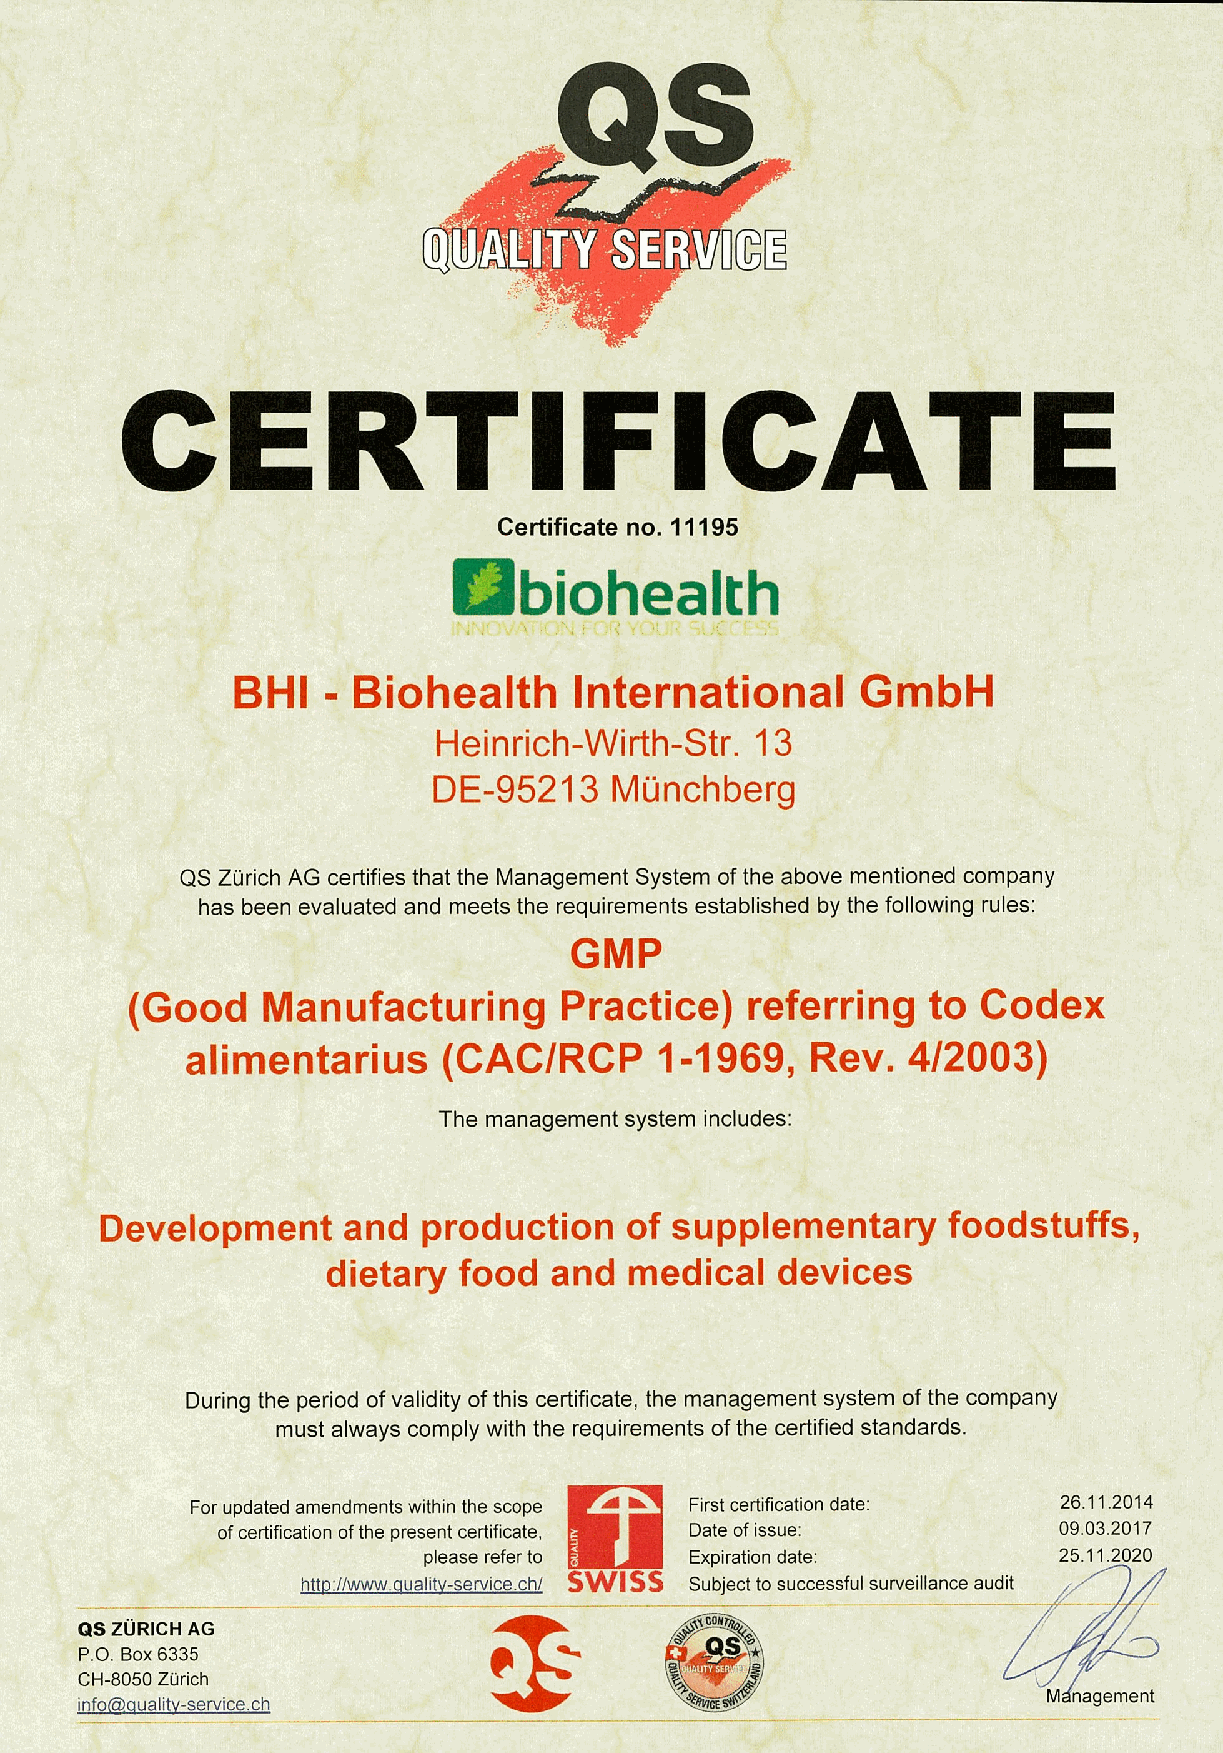
QS
 RTIFICAT
 Certificate no. 11195
 biohealth
 BHI   - Biohealth      International      GmbH
 Heinrich-VVirth-Str. 13
 DE-95213   Münchberg
 QS Zürich AG certifies that the Management System of the above mentioned company
 has been evaluated and meets the requirements established by the following rules:
 GMP
 (Good    Manufacturing       Practice)   referring   to  Codex
 alimentarius     (CAC/RCP      1-1969,    Rev.  4/2003)
 The management system includes:
 Development      and  production   of supplementary      foodstuffs,
 dietary food  and   medical  devices
 During the period of validity of this certificate, the management system of the company
 must always comply with the requirements of the certified standards.
 For updated amendments within the scope First certification date: 26.11.2014
 of certification of the present certificate, Date of issue: 09.03.2017
 please refer to   Expiration date:        25.11.2020
 htto://www.aualitv-service.ch/ SWISS Subject to successful surveillance audit
 QS ZÜRICH AG
 P.O. Box 6335
 CH-8050 Zürich
 infoeoualitv-service.ch